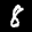
Label: 8